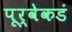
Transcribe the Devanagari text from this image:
पूर्वेकडं